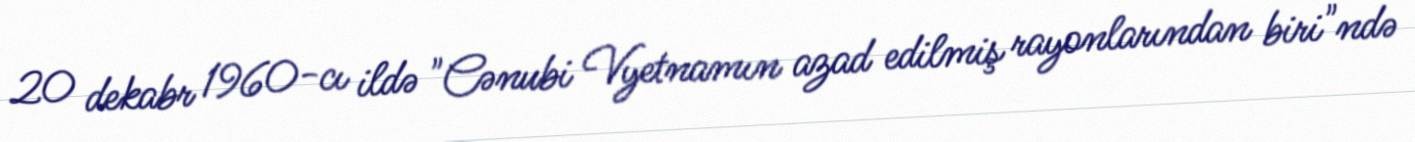
20 dekabr 1960-cı ildə "Cənubi Vyetnamın azad edilmiş rayonlarından biri"ndə